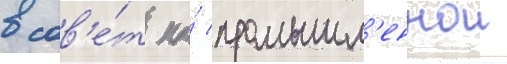
в сов'е́т по́ промышл'еннои